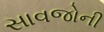
સાવજોની